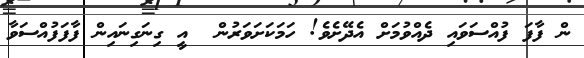
ން ފާފަ ފުއްސަވައި ދެއްވުމަށް އެދޭށެވެ! ހަމަކަށަވަރުން  އީ ގިނަގިނައިން ފާފަފުއްސަވާ